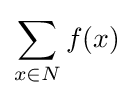
\sum _{x\in {N}}f(x)